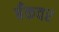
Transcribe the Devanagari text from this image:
बँकवर